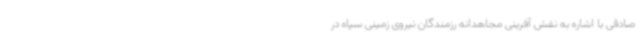
صادقی با اشاره به نقش آفرینی مجاهدانه رزمندگان نیروی زمینی سپاه در